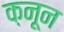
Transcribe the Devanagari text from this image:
क़नून